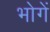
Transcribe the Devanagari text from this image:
भोगें